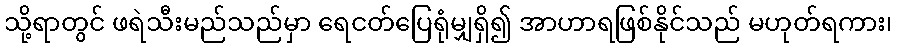
သို့ရာတွင် ဖရဲသီးမည်သည်မှာ ရေငတ်ပြေရုံမျှရှိ၍ အာဟာရဖြစ်နိုင်သည် မဟုတ်ရကား၊